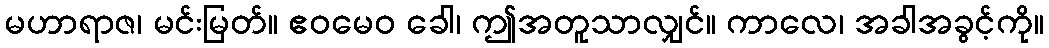
မဟာရာဇ၊ မင်းမြတ်။ ဧဝမေဝ ခေါ၊ ဤအတူသာလျှင်။ ကာလေ၊ အခါအခွင့်ကို။